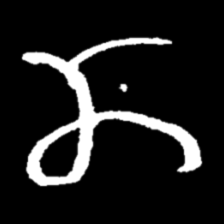
Pyu character \u2014 Myanmar letter: ဏ (romanized: nna)